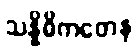
သန္နိဓိကတေန